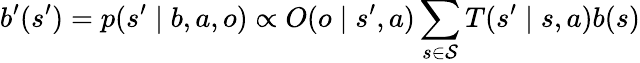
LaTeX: b^{\prime}(s^{\prime})=p(s^{\prime}\mid b,a,o)\propto O(o\mid s^{\prime},a)\sum_{s\in\mathcal{S}}T(s^{\prime}\mid s,a)b(s)